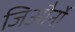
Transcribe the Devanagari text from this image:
जिऔर्नो